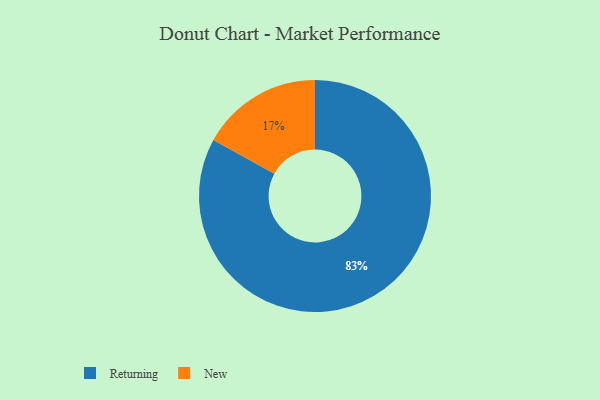
{"axis": {"x": "Category", "y": "Percentage"}, "legend": ["New", "Returning"], "data": [{"x": "Returning", "y": 83, "type": "Returning"}, {"x": "New", "y": 17, "type": "New"}]}